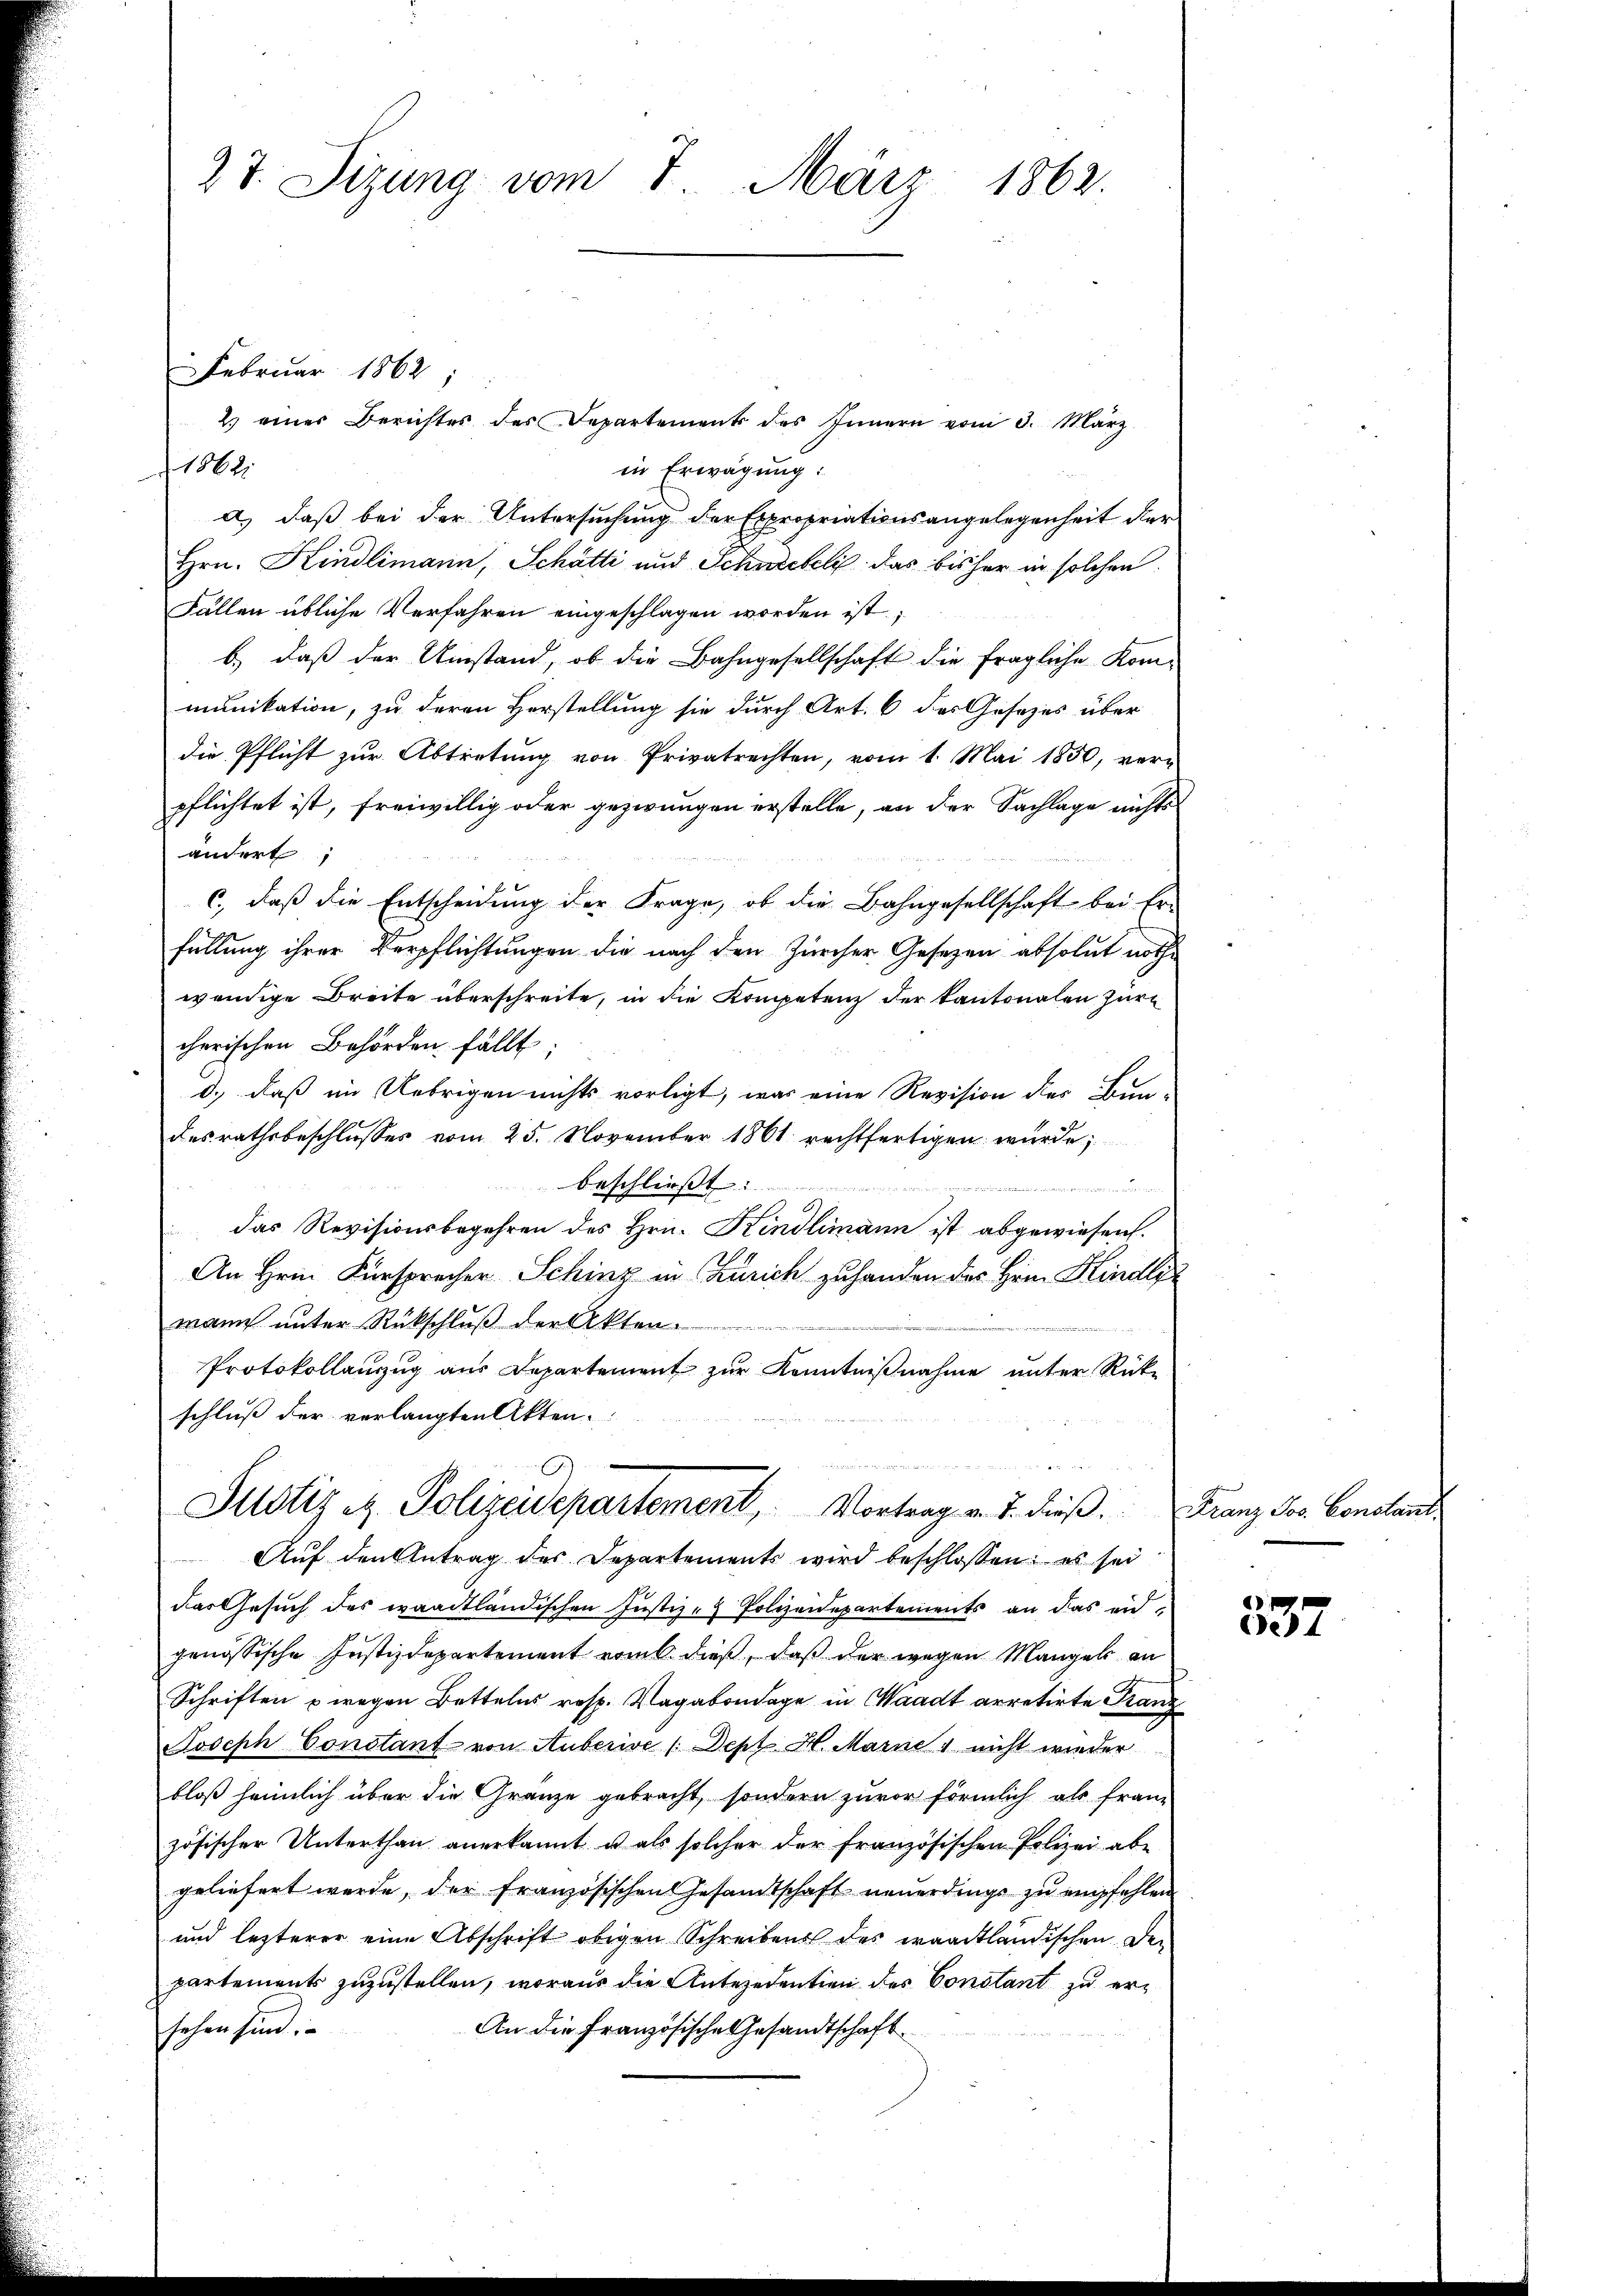
2. einer Berichtes des Departements des Innern vom 3. März.
in Erwägung:
1862.
a) daß bei der Untersuchung der Expropriationsangelegenheit der
Hrn. Kindlimann, Schätti und Schneebeli das bisher in solchen
Fällen übliche Verfahren eingeschlagen worden ist,
b.) daß der Umstand, ob die Bahngesellschaft die fragliche Kom-
munikation, zu deren Herstellung sie durch Art. 6 des Gesezes über
die Pflicht zur Abtretung von Privatrechten, vom 1. Mai 1850, ver-
pflichtet ist, freiwillig oder gezwungen erstelle, an der Sachlage nichts
ändert,
c., daß die Entscheidung der Frage, ob die Bahngesellschaft bei Er-
füllung ihrer Verpflichtungen die nach den Zürcher Gesezen absolut nothwendige Breite überschreite, in die Kompetenz der kantonalen Züri
cherischen Behörden fällt;
d., daß im Uebrigen nichts vorligt, was eine Revision des Bun-
desrathsbeschlusses vom 25. November 1861. rechtfertigen wurde;
beschließt:
n ein
i. 1
das Revisionsbegehren des Hrn. Kindlimann ist abgewiesen.
An Hrn. Fürsprecher Schinz in Zürich zu handen des Hrn. Hindlic
mann unter Rückschluß der Akten.
Protokollanzug aus Departement zur Kenntnißnahme unter Rücke
schluß der verlangten Akten.
Justiz u. Polizeidepartement, Vortrag v. J. dieß. Franz Jos. Constant
Auf den Antrag des Departements wird beschlossen: es sei
das Gesuch des waadtländischen Justiz- & Polizeidepartements an das eid
genössische Justizdepartement vom 6. dieß, daß der wegen Mangel an
Schriften u wegen Bettelns resp. Vagabontage in Waadt arretirte Franz
Joseph Constant von Auberive /:Dept. H. Maries nicht wieder
bloß heimlich über die Gränze gebracht, sondern zuvor förmlich als franz
zösischer Unterthan anerkannt u. als solcher der französischen Polizei abe
geliefert werde, der französischen Gesandtschaft neuerdings zu empfehlen
und lezterer eine Abschrift obigen Schreibens des waadtländischen Departements zuzustellen, woraus die Antezedentien des Constant zu er¬
An die Französische Gesandtschaft
sehen sind.

27. Sizung vom 7. März 1862.

Februar 1862;

537